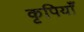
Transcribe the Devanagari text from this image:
कृपियाँ